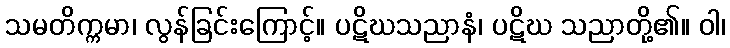
သမတိက္ကမာ၊ လွန်ခြင်းကြောင့်။ ပဋိဃသညာနံ၊ ပဋိဃ သညာတို့၏။ ဝါ၊